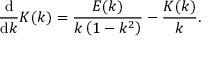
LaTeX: { \frac { \mathrm { d } } { \mathrm { d } k } } K ( k ) = { \frac { E ( k ) } { k \left( 1 - k ^ { 2 } \right) } } - { \frac { K ( k ) } { k } } .